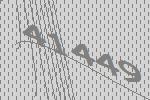
41449